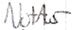
Text: NotAus